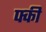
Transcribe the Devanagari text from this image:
फ्की